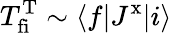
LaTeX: T_{\mathrm{fi}}^{\mathrm{T}}\sim\langle f|J^{\mathrm{x}}|i\rangle